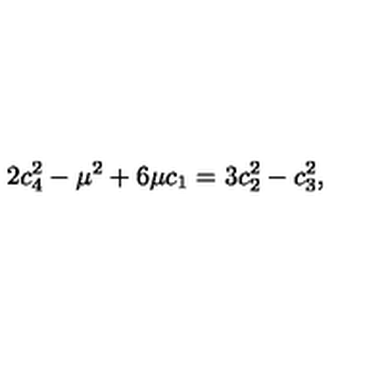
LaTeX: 2 c _ { 4 } ^ { 2 } - \mu ^ { 2 } + 6 \mu c _ { 1 } = 3 c _ { 2 } ^ { 2 } - c _ { 3 } ^ { 2 } ,